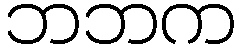
ဘဘက